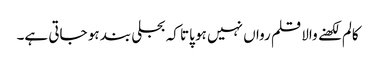
کالم لکھنے والا قلم رواں نہیں ہو پاتا کہ بجلی بند ہو جاتی ہے۔